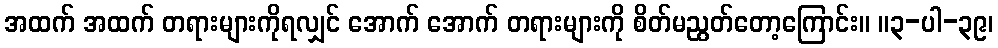
အထက် အထက် တရားများကိုရလျှင် အောက် အောက် တရားများကို စိတ်မညွတ်တော့ကြောင်း။ ။၃-ပါ-၃၉၊